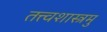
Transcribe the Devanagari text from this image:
तत्त्वशास्त्रमु